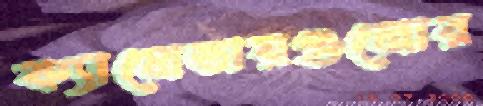
ক্যালেন্ডারগুলোর